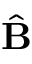
\hat { \bf B }